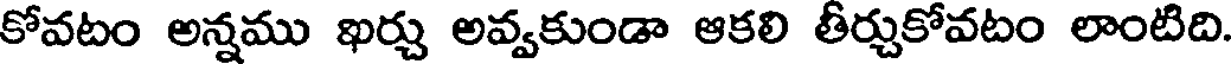
కోవటం అన్నము ఖర్చు అవ్వకుండా ఆకలి తీర్చుకోవటం లాంటిది